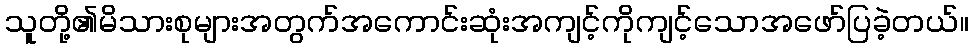
သူတို့၏မိသားစုများအတွက်အကောင်းဆုံးအကျင့်ကိုကျင့်သောအဖော်ပြခဲ့တယ်။